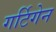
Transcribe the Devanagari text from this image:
गर्टिगेन